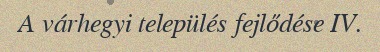
A várhegyi település fejlődése IV.